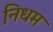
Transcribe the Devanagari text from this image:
निधम